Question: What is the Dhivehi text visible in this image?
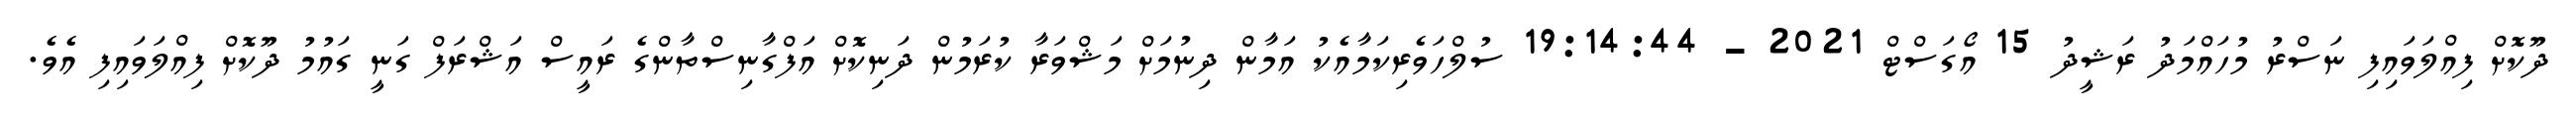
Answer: ދޫކޮށް ފިއްލަވައިފި ނަސްރު މުހައްމަދު ރަޝީދު 15 އޯގަސްޓް 2021 - 19:14:44 ސުލްހަވެރިކަމާއެކު އަމާން ދިނުމަށް މަޝްވަރާ ކުރަމުން ދަނިކޮށް އަފްގާނިސްތާންގެ ރައީސް އަޝްރަފް ގަނީ ގައުމު ދޫކޮށް ފިއްލަވައިފި އެވެ.